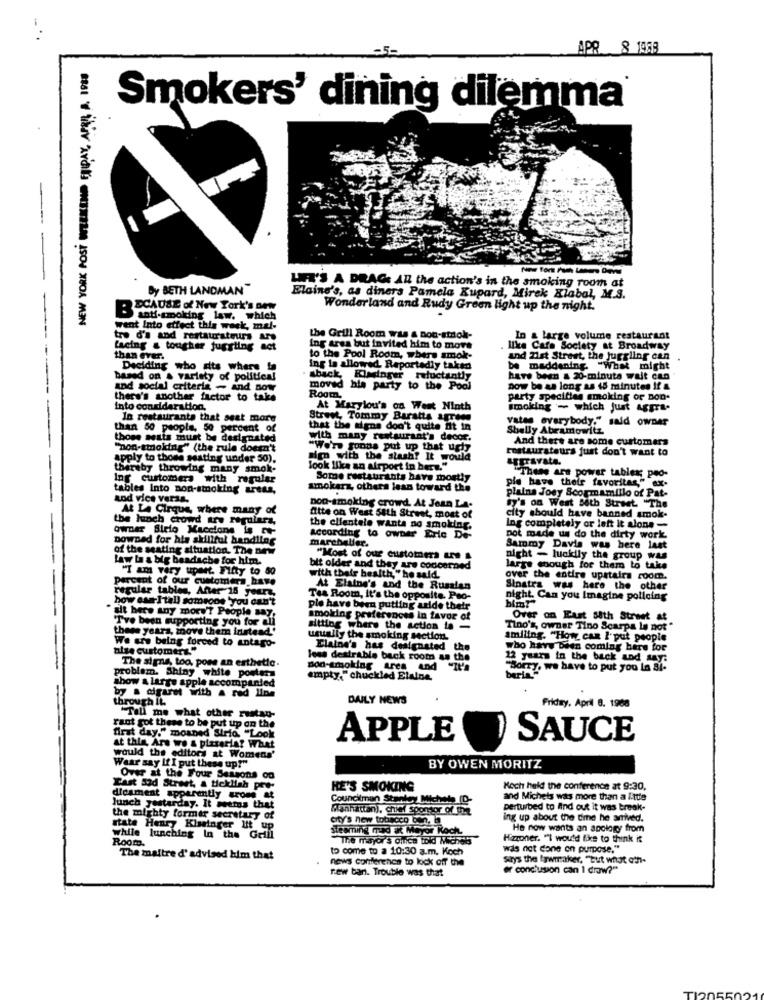
APR 8 1058
Smokers' dining dilemma
-
---
By BETH LANDMAN"
LET'S A DRAG: AR the action's in the smoking room at
Elaine's, as diners Pamela Kupard, Mirek Klabal, M.S.
BECAUSE of New York's onw
Wonderland and Rudy Green light up the night.
anti-smoking law. which
went Into effect this week, mal-
tre d'a and restaurateurs are
the Grill Room was & non-striol-
In a large volume restaurant
facing & tougher juggling not
Ing area but invited him to move
like Cafe Society at Broadway
than ever.
to the Pool Room, where smok-
and Zist Street, the juggling
Deciding who dits where ta
ing la allowed, Reportedly taken
be maddening. "What might
based on a variety of political
aback, Kinginger reluctantly
have been & 20-minute wait can
and social criteria - and now
moved his party to the Pool
now be as long as 45 minutes If a
there's another factor to tale
Room,
party specifies smoking or Don.
into consideration,
At Marylou's on Werkt Ninth
imoking - which just aggra-
In restaurants that seat more
Street, Tommy Baratta agrega
Vatan everybody." said owner
than 50 people, 50 percent of
that the signs don't quite dit in
Shelly Abramowitz
those assis must be designated
with many restaurant's decor.
And there are some customers
"non-smoking" (the rule dosen't
"We're gonna put up that ugh
restaurateurs just don't want to
apply to those seating under 50).
sign with the stash? It would
aggravata.
thereby throwing many smok-
look like an airport in bers."
"These ars power tables; peo-
Ing customers with regular
Some restaurants have mostly
ple have their favorites," ex.
tables Into non-smoking areas,
amokarz, others lean toward the
plains Joey Scormamillo of Pat-
aod vice versa.
By's on West Both Street "The
At Le Cirque, where many of
non-smoking crowd. At Jean LA.
the lunch crowd aru regularz,
atte on West 54th Street, most of
city should have banned smok.
owner Sieto Macelone 18 -
the clientele wants no smoking.
Ing completely or left it alone -
Downed for his skillful handling
According to owner Eric De-
marchelier.
pot made us do the dirty work.
of the seating situation. The new
Sammy Davis was here last
Law la a big headache for him.
"Most of our customes une
night - luckily the group was
"I am very upset. Fifty to 50
bit older and they are concerned
large enough for them to take
percent of our customers have
with their health," he said
over the entire upstairs room.
regular tables, Antar-15 jours,
At Elaine's and the Russian
Sinatra was here the other
how can-Itall someone you can't
Tea Room, it's the opposite. Pao-
night. Can you Imagine polloing
bim?"
ait here any more'? People say
ple have been putting aride their
Tre been supporting you for cli
smoking preferences in favor of
Over on East S8th Street at
these years, move them instead'
sitting where the action to -
Tino's, owner Tino Scarpa le not"
We are being forced to antago-
usually the smoking section
smiling. "How can I put people
bise customers."
Elaine's has designated the
who have been coming here for
The signs, too, pose an esthetic.
less desirable back room as the
12 years in the back and May:
non-smoking Area And
"Sorry, we have to put you La Bi-
problem. Shiny white poster
show a large apple accompanied
empty." chuckled Elaine
by a cigaret with a red line
through IL.
DAILY NEWS
.
Friday, April 8. 1968
"Tell me what other rustan-
rant got these to be put up on the
first day." moaned Siria. "Look
APPLE
SAUCE
at this, Are we & pizzaria? What
would the editors at Womens'
Waar say If I put these up!"
BY OWEN MORITZ
Over at the Four Seasons on
Fast Sad Street, a ticklish pre-
HE'S SMOKING
Koch held the conference at 9:30,
dicament apparently crome at
Councilman Stanley Michel ID-
and Michels was more than a little
lunch yesterday. It seems that
Manhattan), chief Sportor of the
perturbed to And out it was break-
mighty former secretary of
city's new tobacco bon, ba
ing up about the time he arrived.
state Henry Kissinger Ht up
steaming mad at Mayor Koch.
He now wants an apology from
while lunching In the Grill
Room.
The mayor's office told Michels
Hizzoner. ""I would like to think it
to come to a 10:30 a.m. Koch
was not done on purpose,"
The maitre d' advised kim that
news conference to kick off the
Srys the lawmaker, "but what oth-
rew ban. Trouble was that
er conclusion can I draw?"